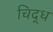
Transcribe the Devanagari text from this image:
चिद्ध